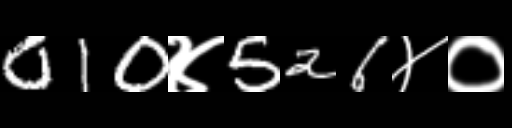
Text: 010४526४०